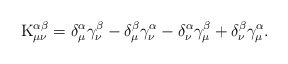
\begin{align*}{\rm K}_{\mu \nu }^{\alpha \beta }=\delta _\mu ^\alpha \gamma _\nu ^\beta-\delta _\mu ^\beta \gamma _\nu ^\alpha -\delta _\nu ^\alpha \gamma _\mu^\beta +\delta _\nu ^\beta \gamma _\mu ^\alpha . \end{align*}